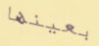
بعينها